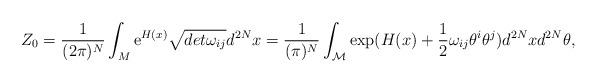
LaTeX: \begin{align*}Z_0=\frac 1{(2\pi )^N}\int_M{\rm e}^{H(x)}\sqrt{det\omega _{ij}}d^{2N}x=\frac 1{(\pi )^N}\int_{{\cal M}}\exp ({H(x)+\frac 12\omega_{ij}\theta ^i\theta ^j)}d^{2N}xd^{2N}\theta ,\end{align*}